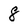
Character: 8